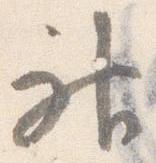
神